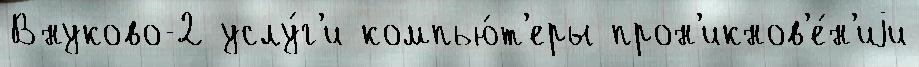
Внуково-2 услу́г'и компью́т'еры прон'икнов'е́н'иjи